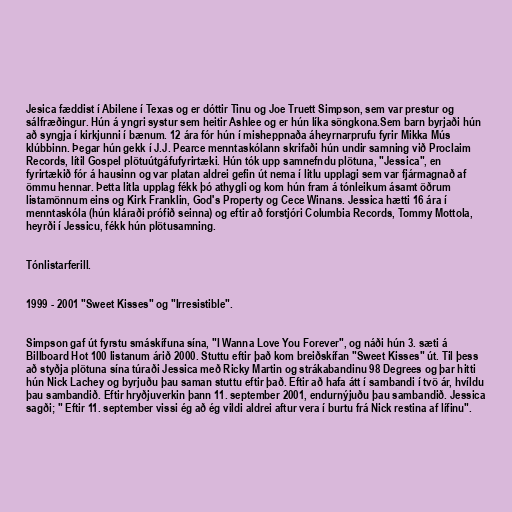
Jesica fæddist í Abilene í Texas og er dóttir Tinu og Joe Truett Simpson, sem var prestur og
sálfræðingur. Hún á yngri systur sem heitir Ashlee og er hún líka söngkona.Sem barn byrjaði hún
að syngja í kirkjunni í bænum. 12 ára fór hún í misheppnaða áheyrnarprufu fyrir Mikka Mús
klúbbinn. Þegar hún gekk í J.J. Pearce menntaskólann skrifaði hún undir samning við Proclaim
Records, lítil Gospel plötuútgáfufyrirtæki. Hún tók upp samnefndu plötuna, "Jessica", en
fyrirtækið fór á hausinn og var platan aldrei gefin út nema í litlu upplagi sem var fjármagnað af
ömmu hennar. Þetta litla upplag fékk þó athygli og kom hún fram á tónleikum ásamt öðrum
listamönnum eins og Kirk Franklin, God's Property og Cece Winans. Jessica hætti 16 ára í
menntaskóla (hún kláraði prófið seinna) og eftir að forstjóri Columbia Records, Tommy Mottola,
heyrði í Jessicu, fékk hún plötusamning.

Tónlistarferill.

1999 - 2001 "Sweet Kisses" og "Irresistible".

Simpson gaf út fyrstu smáskífuna sína, "I Wanna Love You Forever", og náði hún 3. sæti á
Billboard Hot 100 listanum árið 2000. Stuttu eftir það kom breiðskífan "Sweet Kisses" út. Til þess
að styðja plötuna sína túraði Jessica með Ricky Martin og strákabandinu 98 Degrees og þar hitti
hún Nick Lachey og byrjuðu þau saman stuttu eftir það. Eftir að hafa átt í sambandi í tvö ár, hvíldu
þau sambandið. Eftir hryðjuverkin þann 11. september 2001, endurnýjuðu þau sambandið. Jessica
sagði; " Eftir 11. september vissi ég að ég vildi aldrei aftur vera í burtu frá Nick restina af lífinu".